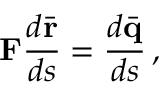
{ \bf F } \frac { d \bar { \bf r } } { d s } = \frac { d \bar { \bf q } } { d s } \, ,